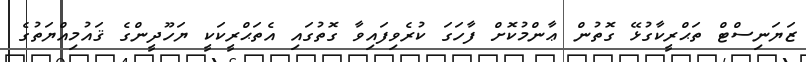
ޒަޔަނިސްޓް ތަޙްރީކާގުޅޭ ގޮތުން ޢާންމުކޮށް ފާހަގަ ކުރެވިފައިވާ ގޮތުގައި އެތަޙްރީކަކީ ޔަހޫދީންގެ ޤައުމިއްޔަތުގެ